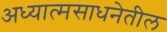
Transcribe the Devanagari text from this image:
अध्यात्मसाधनेतील